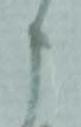
申